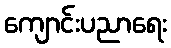
ကျောင်းပညာရေး